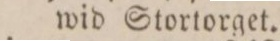
wid Stortorget.